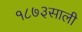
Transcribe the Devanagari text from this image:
१८७३साली